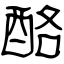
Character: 酪